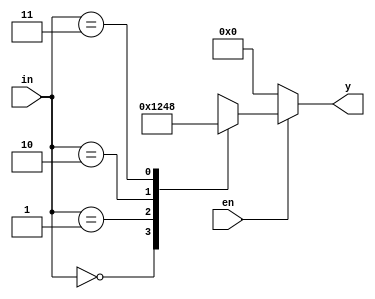
module two_to_four_dec (
    input en, input [1:0] in, output reg [3:0] y
);
   always@(in or en) begin
    if(en == 0) begin
        y = 4'b0000;
    end
    else
    begin
        case (in)
            2'b00 : y = 4'b0001;
            2'b01 : y = 4'b0010;
            2'b10 : y = 4'b0100;
            2'b11 : y = 4'b1000; 
            default : y = 4'bxxxx;
        endcase
    end
   end
endmodule